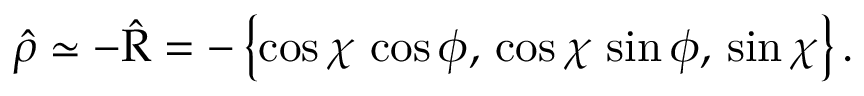
\boldsymbol { \hat { \rho } } \simeq - \boldsymbol { \hat { \mathrm { R } } } = - \left\{ \cos \chi \, \cos \phi , \, \cos \chi \, \sin \phi , \, \sin \chi \right\} .